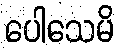
ပေါသေမိ